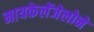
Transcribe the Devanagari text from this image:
मायकेलेंजेलोने